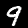
Label: 9